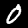
Digit: 0